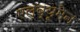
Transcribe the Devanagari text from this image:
एल्ब्यूमेन